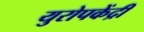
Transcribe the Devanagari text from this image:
युरोपकेंद्री